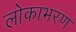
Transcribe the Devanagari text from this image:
लोकाभरण